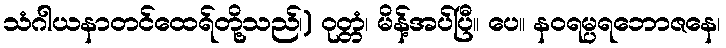
သံဂါယနာတင်ထေရ်တို့သည်၊) ဝုတ္တံ၊ မိန့်အပ်ပြီ။ ပေ။ နဝရမ္ပရဘောဇနေ၊